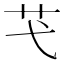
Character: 芅